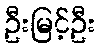
ဦးမြင့်ဦး